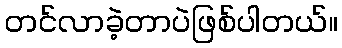
တင်လာခဲ့တာပဲဖြစ်ပါတယ်။